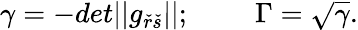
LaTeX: \gamma=-det||g_{\check{r}\check{s}}||;\quad\quad\ \Gamma=\sqrt{\gamma}.